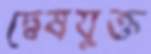
দ্বেষযুক্ত